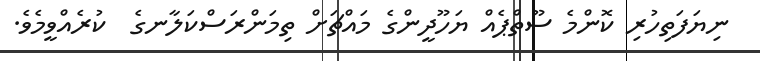
ނިޔަފަތިހުރި ކޮންމެ ސޫތްޕެއް ޔަހޫދީންގެ މައްޗަށް ތިމަންރަސްކަލާނގެ  ކުރެއްވީމެވެ.